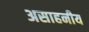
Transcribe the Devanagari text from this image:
असाहनीय